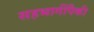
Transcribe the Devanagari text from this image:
सहभागींपैकी